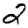
Digit: 2